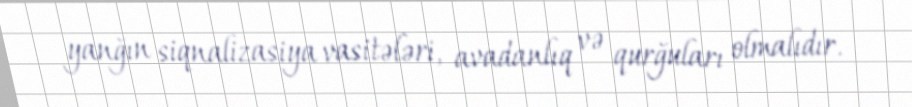
yanğın siqnalizasiya vasitələri, avadanlıq və qurğuları olmalıdır.